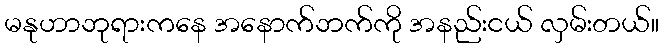
မနုဟာဘုရားကနေ အနောက်ဘက်ကို အနည်းငယ် လှမ်းတယ်။